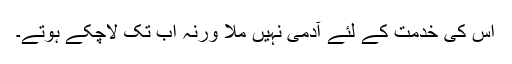
اس کی خدمت کے لئے آدمی نہیں ملا ورنہ اب تک لاچکے ہوتے۔